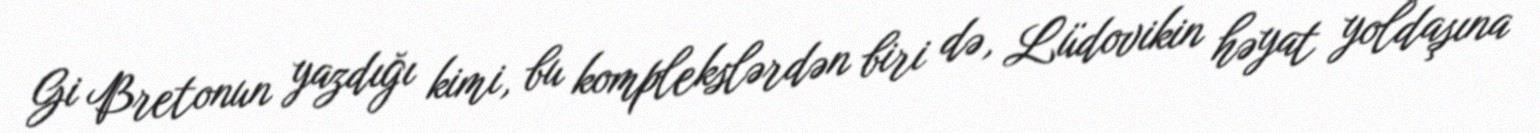
Gi Bretonun yazdığı kimi, bu komplekslərdən biri də, Lüdovikin həyat yoldaşına